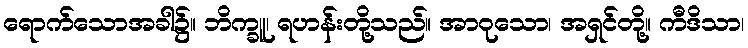
ရောက်သောအခါ၌။ ဘိက္ခူ၊ ရဟန်းတို့သည်။ အာဝုသော၊ အရှင်တို့။ ကီဒိသာ၊